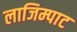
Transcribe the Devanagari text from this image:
लाजिम्पाट